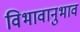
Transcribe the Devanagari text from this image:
विभावानुभाव